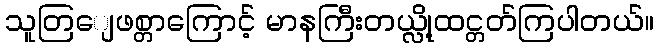
သူတြျေဖစ္တာကြောင့် မာနကြီးတယ္လို့ထင္တတ်ကြပါတယ်။